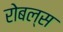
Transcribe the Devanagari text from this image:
रोबल्स